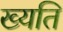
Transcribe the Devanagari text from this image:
ख्यति